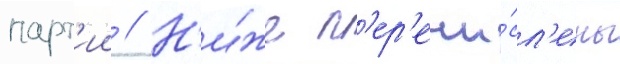
парт'ии // Н'и́же п'ер'ечи́сл'ены